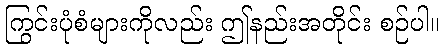
ကြွင်းပုံစံများကိုလည်း ဤနည်းအတိုင်း စဉ်ပါ။